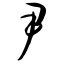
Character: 尹